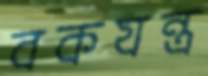
বকযন্ত্র